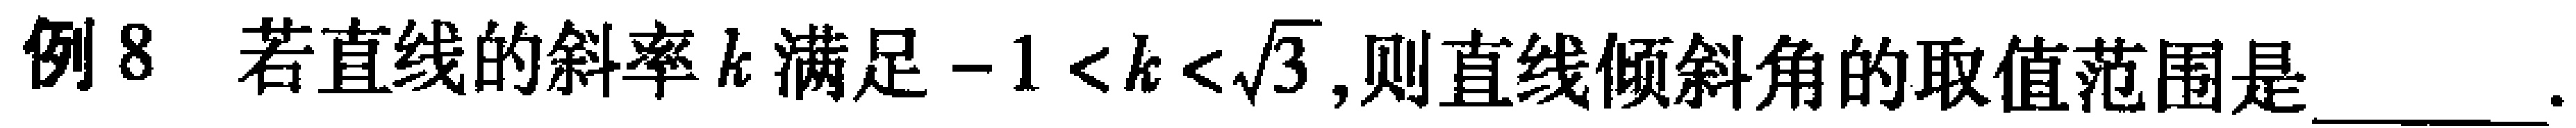
例8 若直线的斜率\(k\)满足\(-1 < k < \sqrt{3}\),则直线倾斜角的取值范围是  。